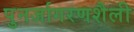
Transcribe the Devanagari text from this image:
पुनर्जागरणशैली